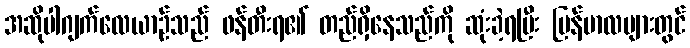
အဆိုပါဂျက်လေယာဉ်သည် ဖန်တီးရ၏ တည်ရှိနေသည်ကို ဆုံးခဲ့ရပြီး မြန်မာလများတွင်